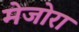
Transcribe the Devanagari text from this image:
मेजोरा